Scottish Leaving Certificate Examination, 1957
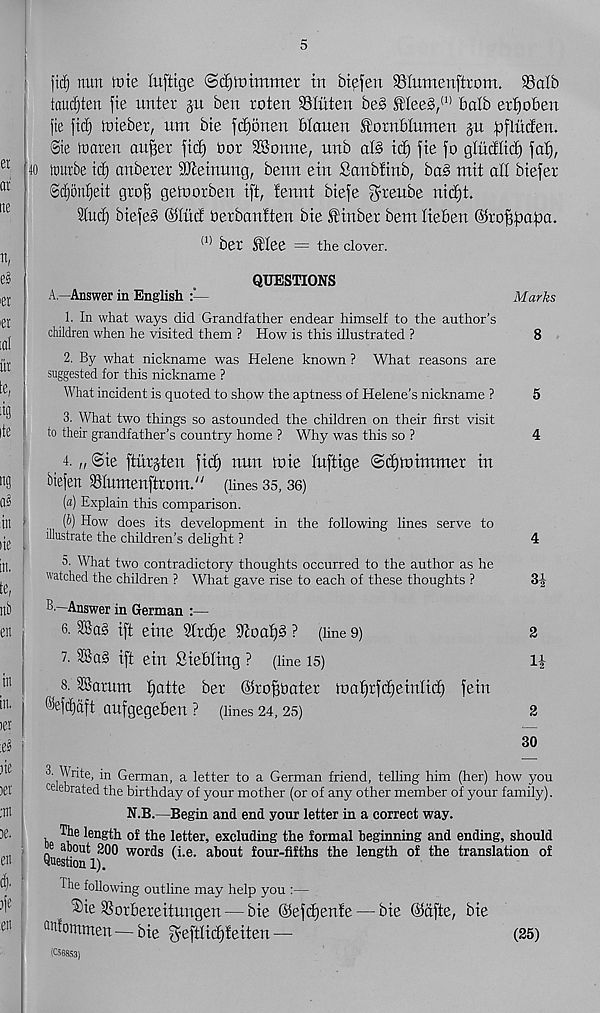
ftdj nun nue luftige ©tfjtttimmer in biefen SSIumenftrom. 95alb
taudjten fie imter §n ben toten SSIiiten be§ ^Iee§, (1) balb ertioben
fie fid) tnieber, nm bie fdfonen Blauen Siornblumen jn fDflucfen.
(3te tnaren au|er fid) nor SBonne, nnb all ic^ fie fo gludlid) fal),
40 irutbe id) anberer SJleinung, benn ein Sanbfinb, bal mit all biefer
8(|on|eit groB geloorben ift, fennt biefe f^^enbe nid)t.
31ucB biefel @Iud Oerbanlten bie IDinber bem lieben @roBf3Cif)a.
(1) bet flee = the clover.
QUESTIONS
A.—Answer in English
Marks
1. In what ways did Grandfather endear himself to the author’s
children when he visited them ? How is this illustrated ?
8
2. By what nickname was Helene known ? What reasons are
suggested for this nickname ?
What incident is quoted to show the aptness of Helene’s nickname ?
5
3. What two things so astounded the children on their first visit
to their grandfather’s country home ? Why was this so ?
4
4. „ Sie ftiirjten fid) mm mie luftige ©djwimmer in
Mefen Slumenftrom." (lines 35,36)
[а) Explain this comparison.
(б) How does its development in the following lines serve to
illustrate the children’s delight ?
4
o. What two contradictory thoughts occurred to the author as he
watched the children ? What gave rise to each of these thoughts ?
3|-
Answer in German :—
6. 23a! ift eine 31td)e Stoalj! ? (line 9)
2
7. 23al ift ein Siebling ? (line is)
( 8. 23atum Ijdtte bet ©roffimter malftfdjeinlidf) fein
®efd)dft aufgegeben ? (lines 24,25)
2
30
^Wnte, in German, a letter to a German friend, telling him (her) how you
celebrated the birthday of your mother (or of any other member of your family).
N.B.—Begin and end your letter in a correct way.
The length of the letter, excluding the formal beginning and ending, should
about 200 words (i.e. about four-fifths the length of the translation of
the following outline may help you :—
®ie SSorbereitungen — bie (Sefdjenfe — bie (Mfte, bie
“hfotnmen — bie geftlicPeiten —
(25)